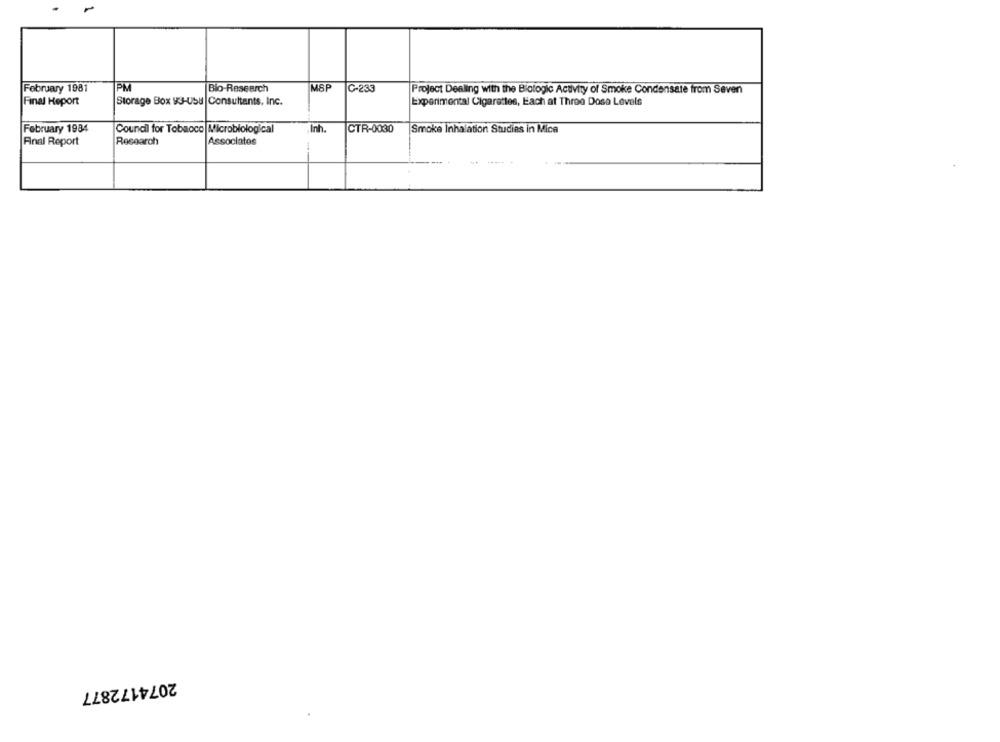
February 1981
PM
Bio-Research
MSP
C-233
Project Dealing with the Biologic Activity of Smoke Condensate from Seven
Final Report
Storage Box 93-U58 |Consultants, Inc.
Experimental Cigarettes, Each at Three Dose Levels
February 1984
Council for Tobacco Microbiological
Inh.
CTR-0030
Smoke Inhalation Studies in Mica
Final Report
Research
Associates
2074172877